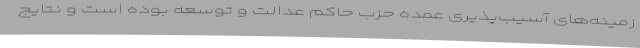
زمینه‌های آسیب‌پذیری عمده حزب حاکم عدالت و توسعه بوده است و نتایج